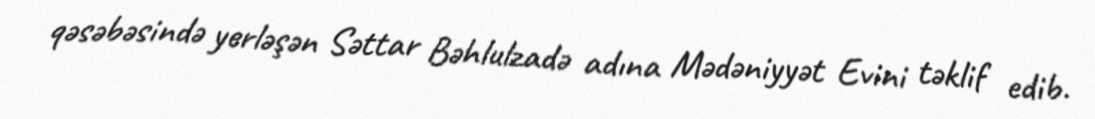
qəsəbəsində yerləşən Səttar Bəhlulzadə adına Mədəniyyət Evini təklif edib.